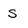
Character: S